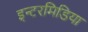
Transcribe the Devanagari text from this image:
इन्टरमिडिया